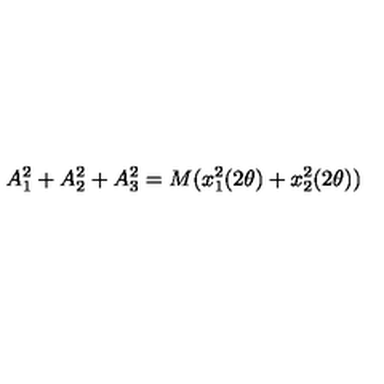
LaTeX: A _ { 1 } ^ { 2 } + A _ { 2 } ^ { 2 } + A _ { 3 } ^ { 2 } = M ( x _ { 1 } ^ { 2 } ( 2 { \theta } ) + x _ { 2 } ^ { 2 } ( 2 { \theta } ) )